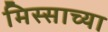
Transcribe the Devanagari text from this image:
मिस्साच्या